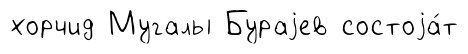
хорчид Мугалы Бураjев состоjа́т